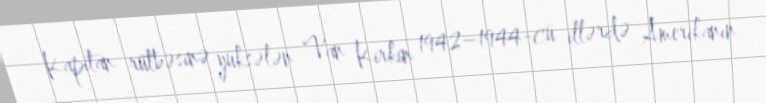
Kapitan rütbəsinə yüksələn Van Kirkin 1942–1944-cü illərdə Amerikanın